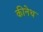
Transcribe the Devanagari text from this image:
कीनेथ